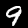
Digit: 9